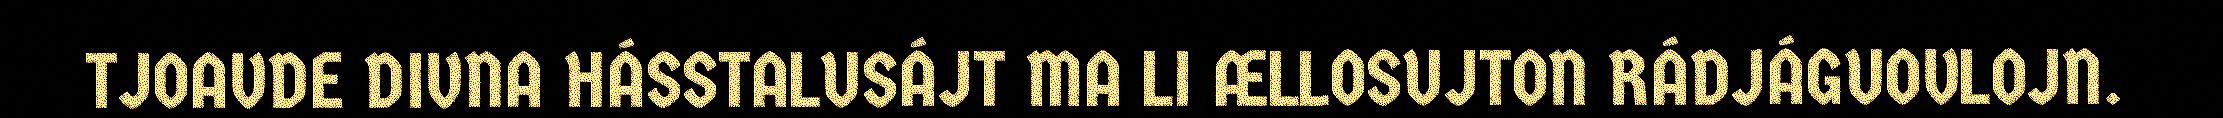
TJOAVDE DIVNA HÁSSTALUSÁJT MA LI ÆLLOSUJTON RÁDJÁGUOVLOJN.